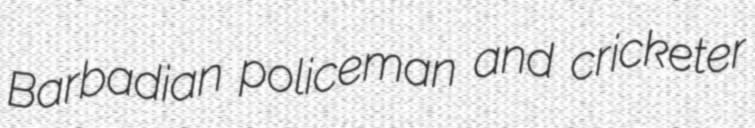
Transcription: Barbadian policeman and cricketer